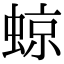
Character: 𧌬